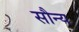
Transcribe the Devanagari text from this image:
सौन्य